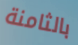
بالثامنة